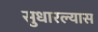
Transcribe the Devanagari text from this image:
सुधारल्यास